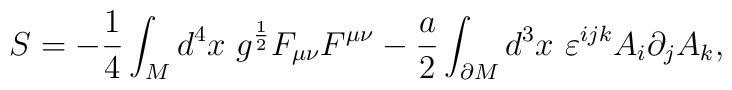
S=-\frac 14 \int_M d^4x\ g^{\frac 12} F_{\mu\nu}F^{\mu\nu} -\frac a2 \int_{\partial M} d^3x \ \varepsilon^{ijk} A_i \partial_j A_k ,